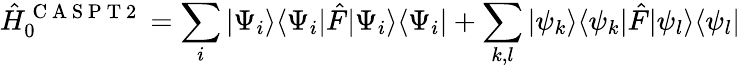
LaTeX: \hat{H}_{0}^{\mathrm{~C~A~S~P~T~2~}}=\sum_{i}|\Psi_{i}\rangle\langle\Psi_{i}|\hat{F}|\Psi_{i}\rangle\langle\Psi_{i}|+\sum_{k,l}|\psi_{k}\rangle\langle\psi_{k}|\hat{F}|\psi_{l}\rangle\langle\psi_{l}|